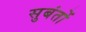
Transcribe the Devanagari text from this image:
सुबंतों